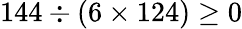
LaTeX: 144\div(6\times 124)\geq 0